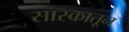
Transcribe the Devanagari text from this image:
सास्कातून